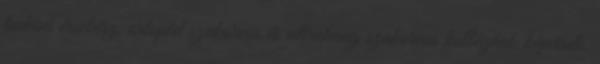
tudású érsebész, ortopéd szakorvos és ultrahang szakorvos kollégánk képviseli.